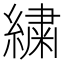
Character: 繍